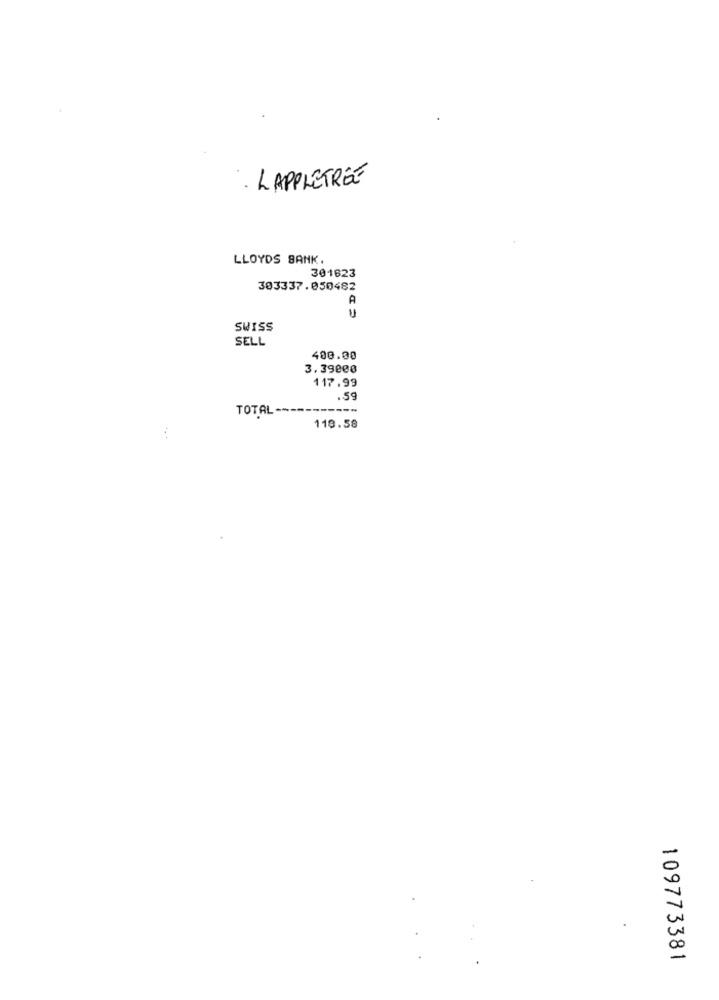
. LAPPLETREE
LLOYDS BANK.
301623
303337.050482
A
SWISS
SELL
400.00
3.39000
117.99
.59
TOTAL --
---
118.58
109773381